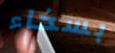
بسخاء